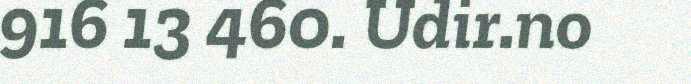
916 13 460. Udir.no